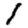
Digit: 1